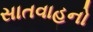
સાતવાહનો